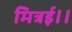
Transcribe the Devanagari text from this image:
मित्रई।।